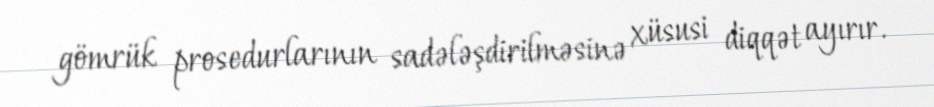
gömrük prosedurlarının sadələşdirilməsinə xüsusi diqqət ayırır.